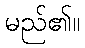
မည်၏။